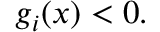
g _ { i } ( x ) < 0 .